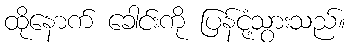
ထိုနောက် ခေါင်းကို ပြန်ငုံ့သွားသည်။